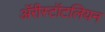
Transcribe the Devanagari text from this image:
ॲरीस्टॉटलियन